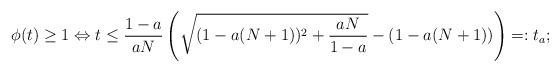
LaTeX: \begin{align*}\phi(t) \geq 1 \Leftrightarrow t \leq \frac{1-a}{aN} \left( \sqrt{(1-a(N+1))^2 +\frac{aN}{1-a}} - (1 - a (N+1))\right)=:t_a;\end{align*}